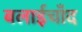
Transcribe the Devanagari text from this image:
बलाईचाँद